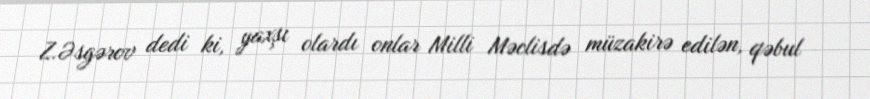
Z.Əsgərov dedi ki, yaxşı olardı onlar Milli Məclisdə müzakirə edilən, qəbul